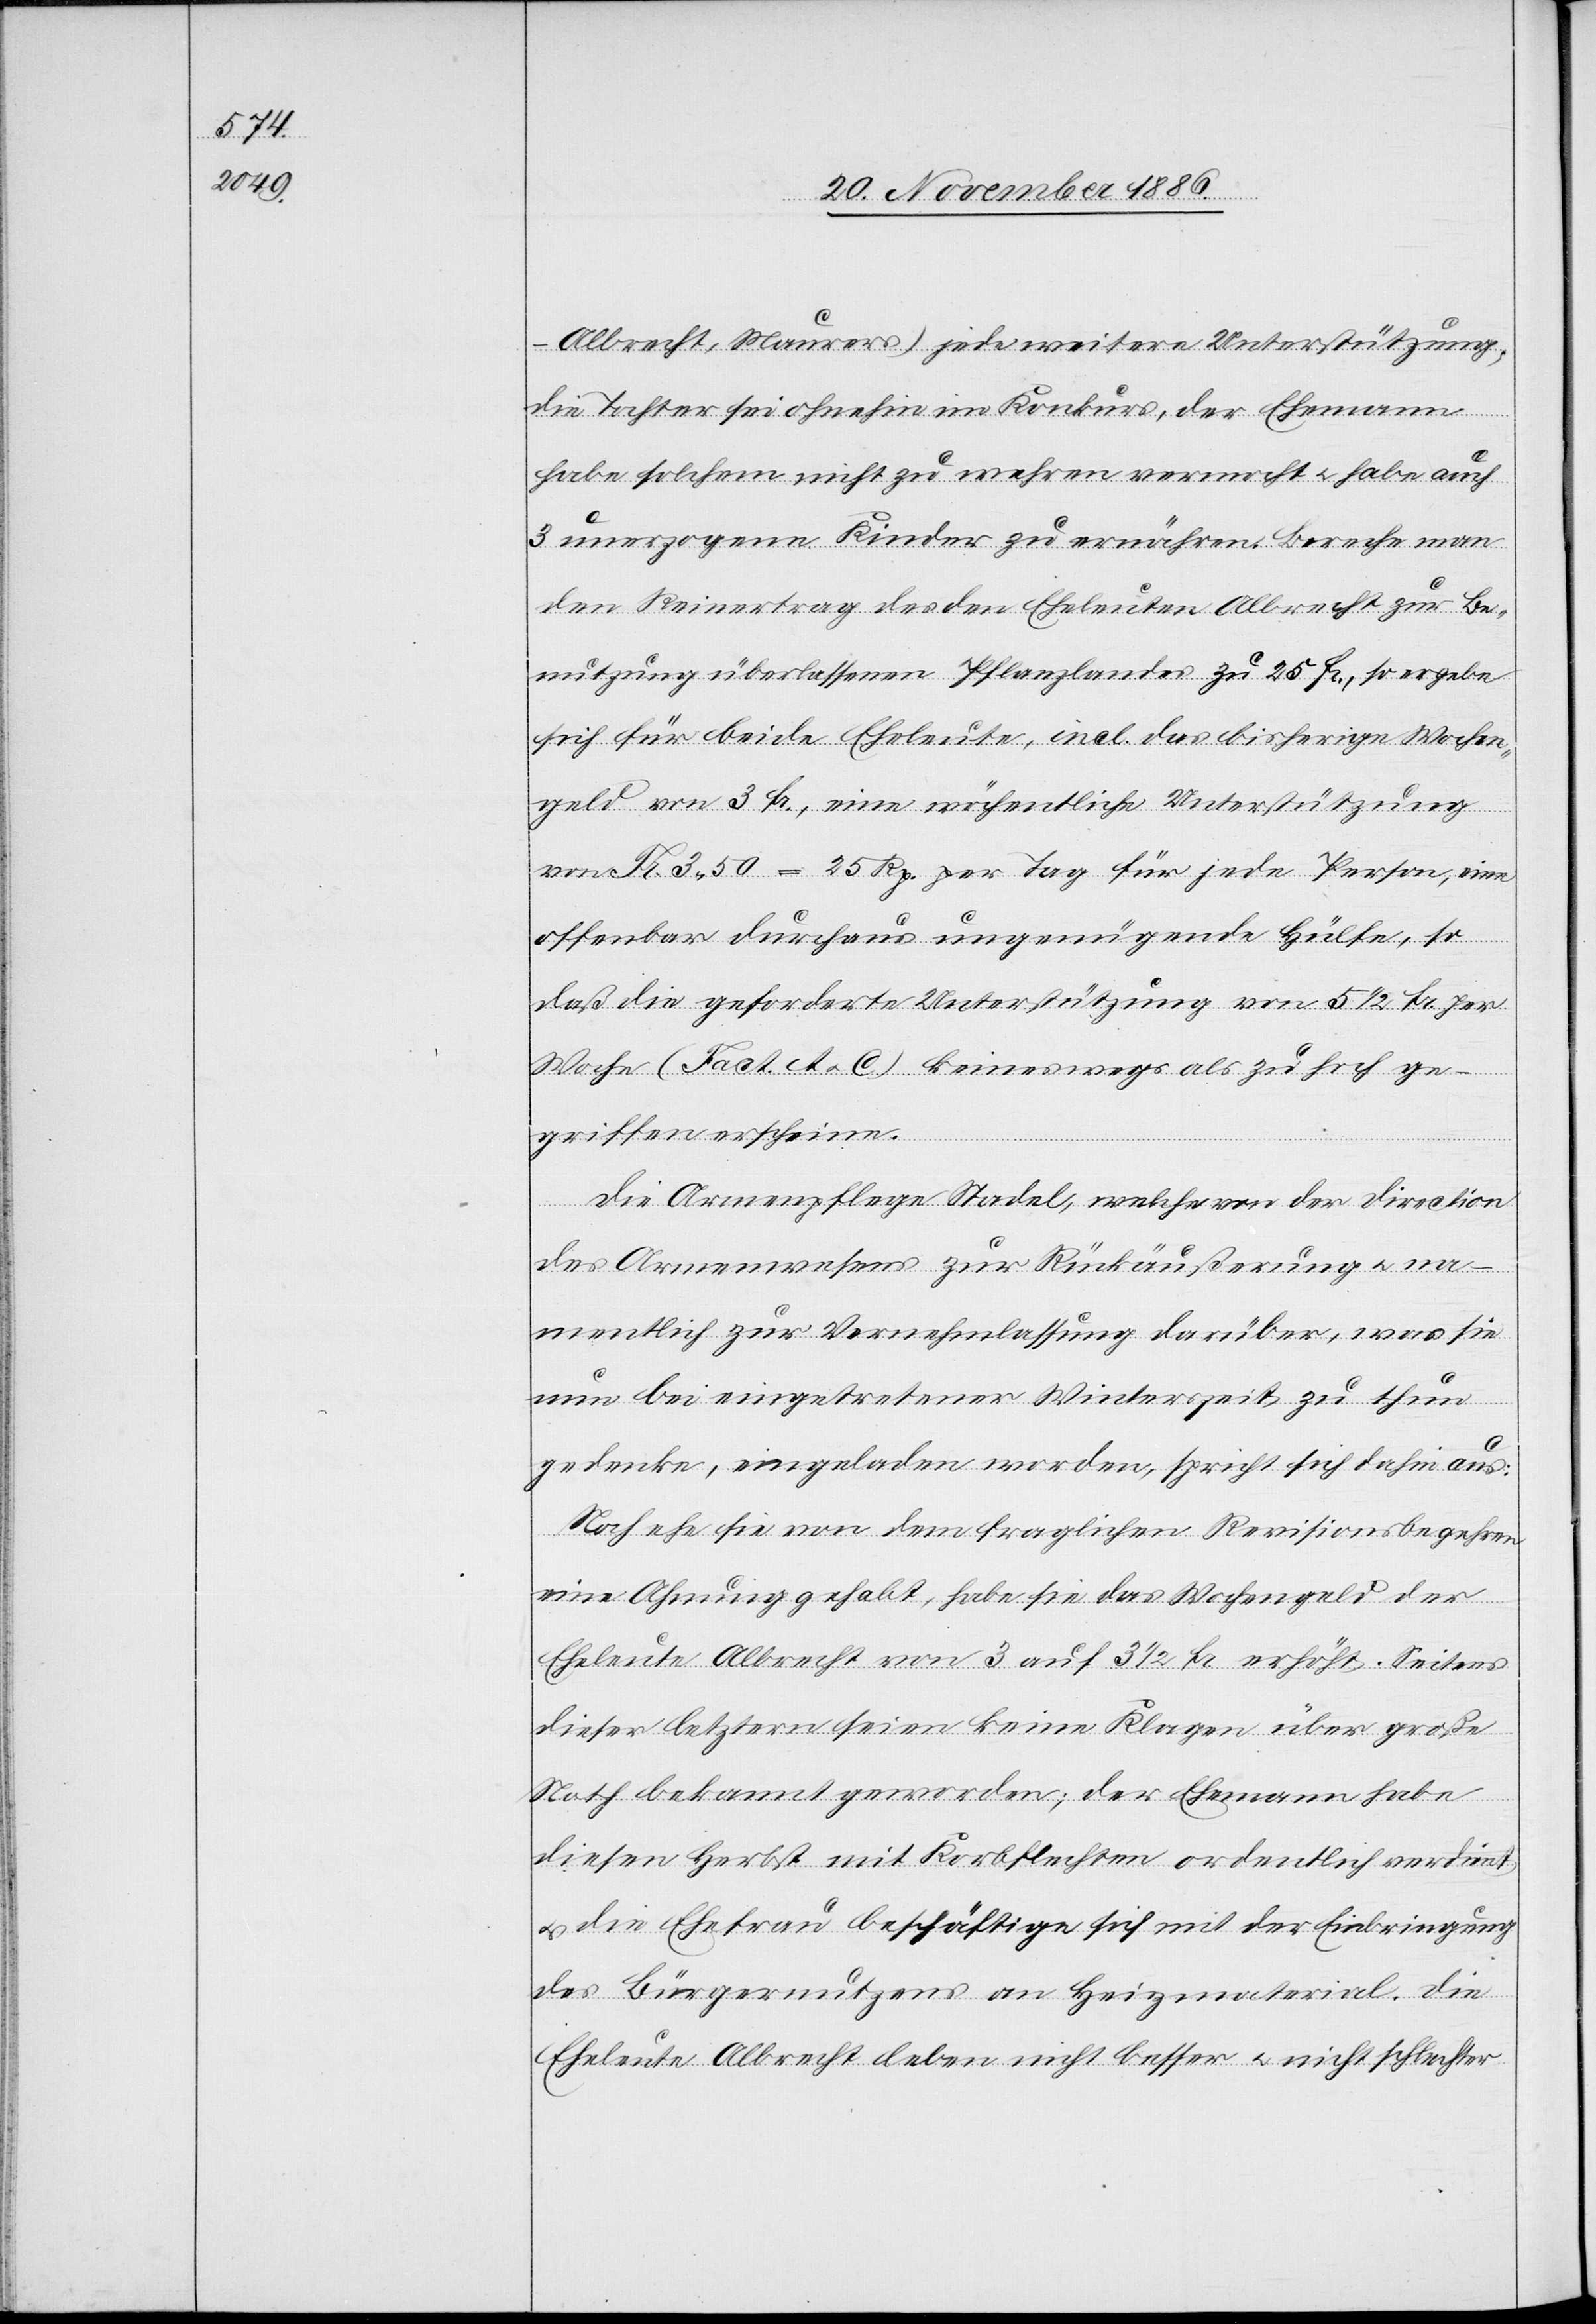
Albrecht, Maurers) jede weitere Unterstützung;
die Tochter sei ohnehin im Konkurs, der Ehemann
habe solchem nicht zu wehren vermocht & habe auch
3 unerzogene Kinder zu ernähren. Berech[n]e man
den Reinertrag des den Eheleuten Albrecht zur Be¬
nutzung überlassenen Pflanzlandes zu 25 Fr., so ergebe
sich für beide Eheleute, incl. das bisherige Wochen¬
geld von 3 Fr., eine wöchentliche Unterstützung
von Fr. 3 50 = 25 Rp. per Tag für jede Person, eine
offenbar durchaus ungenügende Hülfe, so
daß die geforderte Unterstützung von 5 1/2 Fr. per
Woche (Fact. A & C) keineswegs als zu hoch ge¬
griffen erscheine.
Die Armenpflege Stadel, welche von der Direction
des Armenwesens zur Rückäußerung & na¬
mentlich zur Vernehmlassung darüber, was sie
nun bei eingetretener Winterszeit zu thun
gedenke, eingeladen worden, spricht sich dahin aus:
Noch ehe sie von dem fraglichen Revisionsbegehren
eine Ahnung gehabt, habe sie das Wochengeld der
Eheleute Albrecht von 3 auf 3 1/2 Fr. erhöht. Seitens
dieser letztern seien keine Klagen über große
Noth bekannt geworden; der Ehemann habe
diesen Herbst mit Korbflechten ordentlich verdient
& die Ehefrau beschäftige sich mit der Einbringung
des Bürgernutzens an Heizmaterial. Die
Eheleute Albrecht leben nicht besser & nicht schlechter